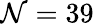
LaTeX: \mathcal{N}=39